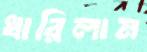
ধারিলাম